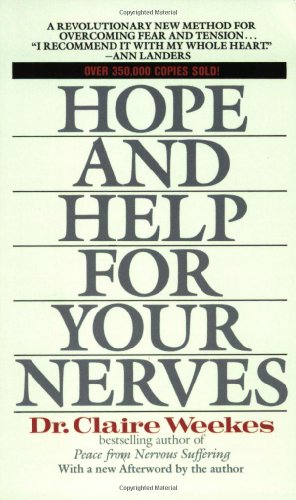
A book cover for Hope and Help for Your Nerves; Claire Weekes; Self-Help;